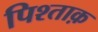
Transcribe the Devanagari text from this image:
पिश्ताक़